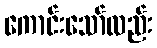
ကောင်းသော်လည်း